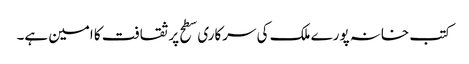
کتب خانہ پورے ملک کی سرکاری سطح پر ثقافت کا امین ہے۔